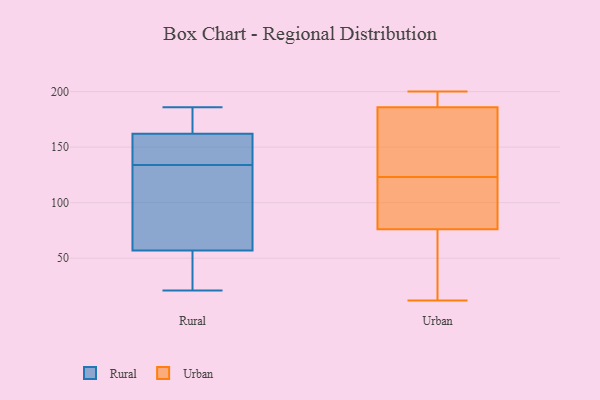
{"axis": {"x": "Active Users", "y": "Value"}, "legend": ["Rural", "Urban"], "data": [{"x": "", "y": 31, "type": "Rural"}, {"x": "", "y": 137, "type": "Rural"}, {"x": "", "y": 165, "type": "Rural"}, {"x": "", "y": 134, "type": "Rural"}, {"x": "", "y": 132, "type": "Rural"}, {"x": "", "y": 31, "type": "Rural"}, {"x": "", "y": 186, "type": "Rural"}, {"x": "", "y": 21, "type": "Rural"}, {"x": "", "y": 83, "type": "Rural"}, {"x": "", "y": 134, "type": "Rural"}, {"x": "", "y": 159, "type": "Rural"}, {"x": "", "y": 183, "type": "Rural"}, {"x": "", "y": 84, "type": "Urban"}, {"x": "", "y": 146, "type": "Urban"}, {"x": "", "y": 100, "type": "Urban"}, {"x": "", "y": 184, "type": "Urban"}, {"x": "", "y": 199, "type": "Urban"}, {"x": "", "y": 12, "type": "Urban"}, {"x": "", "y": 160, "type": "Urban"}, {"x": "", "y": 68, "type": "Urban"}, {"x": "", "y": 188, "type": "Urban"}, {"x": "", "y": 200, "type": "Urban"}, {"x": "", "y": 97, "type": "Urban"}, {"x": "", "y": 37, "type": "Urban"}]}